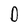
Character: O